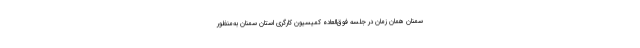
سمنان همان زمان در جلسه فوق‌العاده کمیسیون کارگری استان سمنان به‌منظور